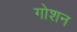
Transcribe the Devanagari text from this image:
गोशन